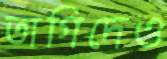
তাগিদেও